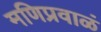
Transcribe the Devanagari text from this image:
मणिप्रवाळं